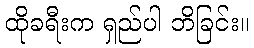
ထိုခရီးက ရှည်ပါ ဘိခြင်း။